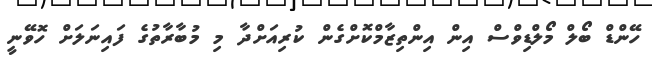
ހޭންޑް ބޯލް މޯލްޑިވްސް އިން އިންތިޒާމްކޮށްގެން ކުރިއަށްދާ މި މުބާރާތުގެ ފައިނަލަށް ހޮވޭނީ